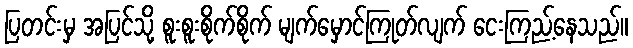
ပြတင်းမှ အပြင်သို့ စူးစူးစိုက်စိုက် မျက်မှောင်ကြုတ်လျက် ငေးကြည့်နေသည်။